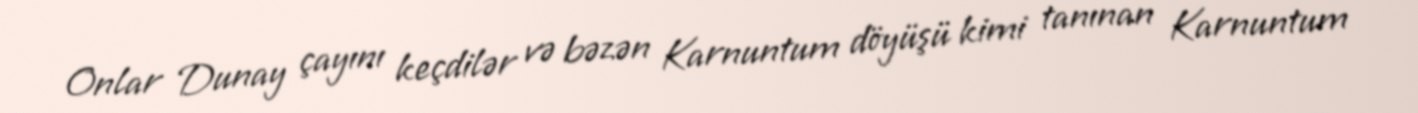
Onlar Dunay çayını keçdilər və bəzən Karnuntum döyüşü kimi tanınan Karnuntum